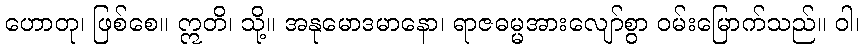
ဟောတု၊ ဖြစ်စေ။ ဣတိ၊ သို့။ အနုမောဒမာနော၊ ရာဇဓမ္မအားလျော်စွာ ဝမ်းမြောက်သည်။ ဝါ၊